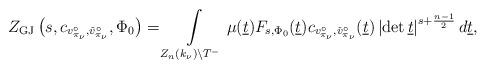
LaTeX: \begin{align*}Z_{\mathrm{GJ}}\left(s,c_{v_{\pi_{\nu}}^\circ,\check{v}_{\pi_{\nu}}^{\circ}},\Phi_0\right)=\int\limits_{Z_n(k_\nu)\backslash T^-}\mu(\underline{t})F_{s,\Phi_0}(\underline{t})c_{v_{\pi_{\nu}}^\circ,\check{v}_{\pi_{\nu}}^{\circ}}(\underline{t})\left|\det \underline{t}\right|^{s+\frac{n-1}{2}}d\underline{t},\end{align*}